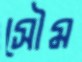
সৌম